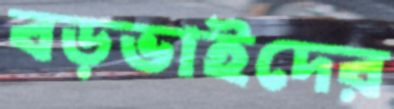
বড়ভাইদের